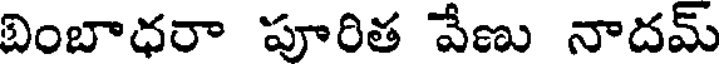
బింబాధరా పూరిత వేణు నాదమ్